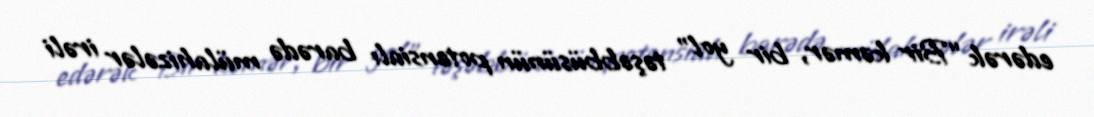
edərək “Bir kəmər, bir yol” təşəbbüsünün potensialı barədə mülahizələr irəli